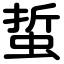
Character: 蜇